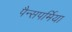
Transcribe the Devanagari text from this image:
पैन्सपर्मिया